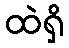
ထဲရှိ